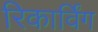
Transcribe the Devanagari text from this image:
रिकार्विंग